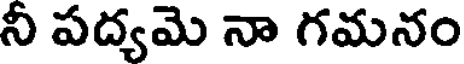
నీ పద్యమె నా గమనం